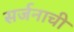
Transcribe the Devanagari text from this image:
सर्जनाची